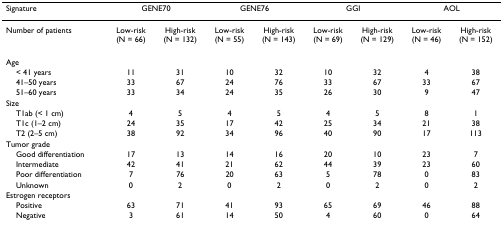
| Signature | <COLSPAN=2> GENE70 | <COLSPAN=2> GENE76 | <COLSPAN=2> GGI | <COLSPAN=2> AOL |
 | --- | --- | --- | --- | --- | --- | --- | --- | --- |
 | Number of patients | Low-risk (N = 66) | High-risk (N = 132) | Low-risk (N = 55) | High-risk (N = 143) | Low-risk (N = 69) | High-risk (N = 129) | Low-risk (N = 46) | High-risk (N = 152) |
 | Age |  |  |  |  |  |  |  |  |
 | < 41 years | 11 | 31 | 10 | 32 | 10 | 32 | 4 | 38 |
 | 41–50 years | 33 | 67 | 24 | 76 | 33 | 67 | 33 | 67 |
 | 51–60 years | 33 | 34 | 24 | 35 | 26 | 30 | 9 | 47 |
 | Size |  |  |  |  |  |  |  |  |
 | T1ab (< 1 cm) | 4 | 5 | 4 | 5 | 4 | 5 | 8 | 1 |
 | T1c (1–2 cm) | 24 | 35 | 17 | 42 | 25 | 34 | 21 | 38 |
 | T2 (2–5 cm) | 38 | 92 | 34 | 96 | 40 | 90 | 17 | 113 |
 | Tumor grade |  |  |  |  |  |  |  |  |
 | Good differentiation | 17 | 13 | 14 | 16 | 20 | 10 | 23 | 7 |
 | Intermediate | 42 | 41 | 21 | 62 | 44 | 39 | 23 | 60 |
 | Poor differentiation | 7 | 76 | 20 | 63 | 5 | 78 | 0 | 83 |
 | Unknown | 0 | 2 | 0 | 2 | 0 | 2 | 0 | 2 |
 | Estrogen receptors |  |  |  |  |  |  |  |  |
 | Positive | 63 | 71 | 41 | 93 | 65 | 69 | 46 | 88 |
 | Negative | 3 | 61 | 14 | 50 | 4 | 60 | 0 | 64 |